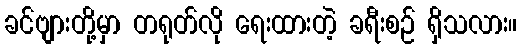
ခင်ဗျားတို့မှာ တရုတ်လို ရေးထားတဲ့ ခရီးစဉ် ရှိသလား။